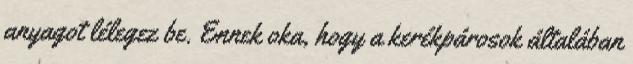
anyagot lélegez be. Ennek oka, hogy a kerékpárosok általában